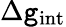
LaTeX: \Delta\mathtt{g}_{\mathrm{{int}}}